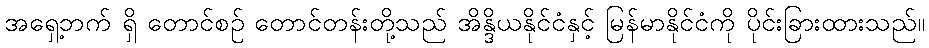
အရှေ့ဘက် ရှိ တောင်စဉ် တောင်တန်းတို့သည် အိန္ဒိယနိုင်ငံနှင့် မြန်မာနိုင်ငံကို ပိုင်းခြားထားသည်။